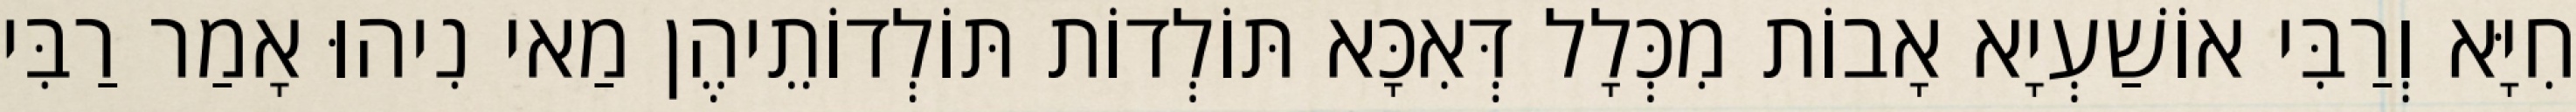
חִיָּא וְרַבִּי אוֹשַׁעְיָא אָבוֹת מִכְּלָל דְּאִכָּא תּוֹלְדוֹת תּוֹלְדוֹתֵיהֶן מַאי נִיהוּ אָמַר רַבִּי